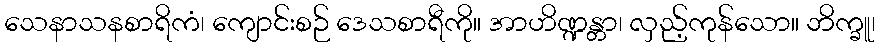
သေနာသနစာရိကံ၊ ကျောင်းစဉ် ဒေသစာရီကို။ အာဟိဏ္ဍန္တာ၊ လှည့်ကုန်သော။ ဘိက္ခူ၊